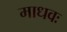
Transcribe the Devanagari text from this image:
माधवः